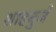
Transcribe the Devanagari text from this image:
शाहबुर्ज